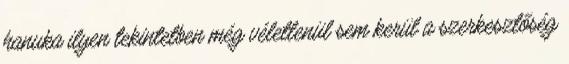
hanuka ilyen tekintetben még véletlenül sem kerül a szerkesztőség